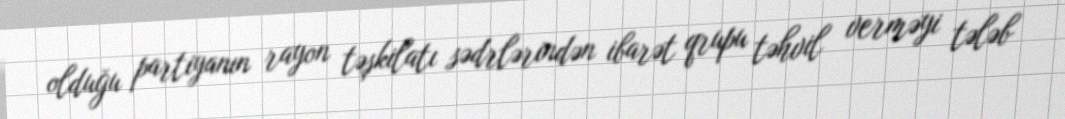
olduğu partiyanın rayon təşkilatı sədrlərindən ibarət qrupu təhvil verməyi tələb